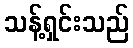
သန့်ရှင်းသည်